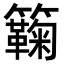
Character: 𥷥